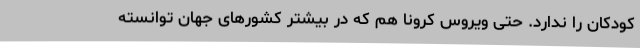
کودکان را ندارد. حتی ویروس کرونا هم که در بیشتر کشورهای جهان توانسته